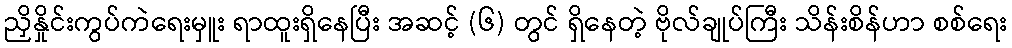
ညှိနှိုင်းကွပ်ကဲရေးမှူး ရာထူးရှိနေပြီး အဆင့် (၆) တွင် ရှိနေတဲ့ ဗိုလ်ချုပ်ကြီး သိန်းစိန်ဟာ စစ်ရေး